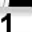
Digit: 1